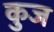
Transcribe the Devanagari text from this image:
कुज